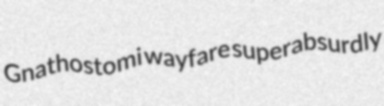
Gnathostomi wayfare superabsurdly